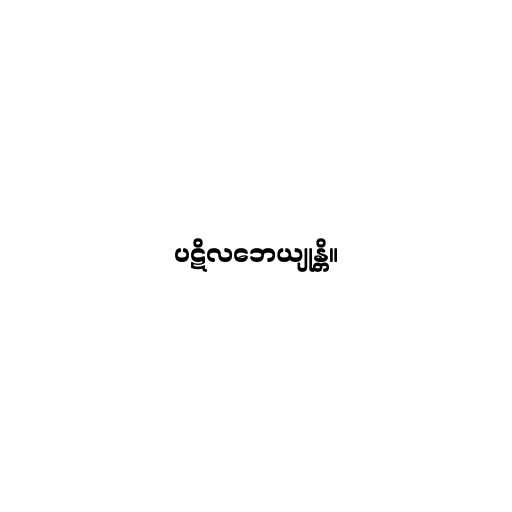
ပဋိလဘေယျုန္တိ။